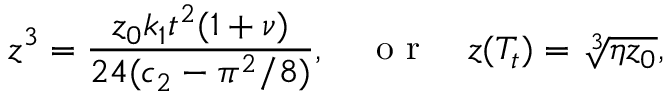
z ^ { 3 } = \frac { z _ { 0 } k _ { 1 } t ^ { 2 } ( 1 + \nu ) } { 2 4 ( c _ { 2 } - \pi ^ { 2 } / 8 ) } , \quad \mathrm { ~ o ~ r ~ } \quad z ( T _ { t } ) = \sqrt [ 3 ] { \eta z _ { 0 } } ,